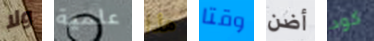
ولا علمية هذا وقتا أضن كود